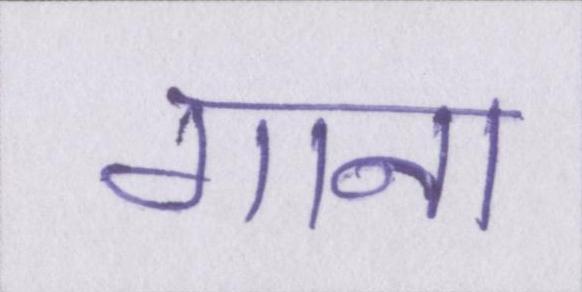
गाना